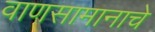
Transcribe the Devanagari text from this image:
वाणसामानाचे